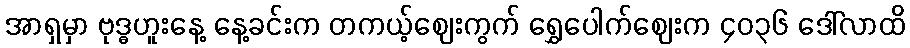
အာရှမှာ ဗုဒ္ဓဟူးနေ့ နေ့ခင်းက တကယ့်ဈေးကွက် ရွှေပေါက်ဈေးက ၄၀၃၆ ဒေါ်လာထိ